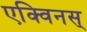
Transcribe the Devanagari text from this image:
एक्विनस्